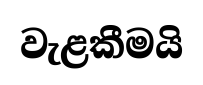
වැළකීමයි